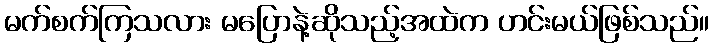
မက်စက်ကြသလား မပြောနဲ့ဆိုသည့်အထဲက ဟင်းမယ်ဖြစ်သည်။